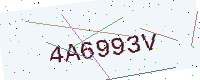
Text: 4A6993V